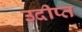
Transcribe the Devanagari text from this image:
उदीप्त